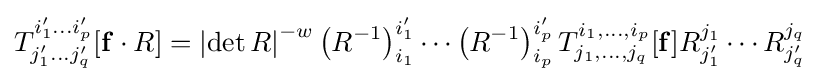
T_{j'_{1}\dots j'_{q}}^{i'_{1}\dots i'_{p}}[\mathbf {f} \cdot R]=\left|\det R\right|^{-w}\left(R^{-1}\right)_{i_{1}}^{i'_{1}}\cdots \left(R^{-1}\right)_{i_{p}}^{i'_{p}}T_{j_{1},\ldots ,j_{q}}^{i_{1},\ldots ,i_{p}}[\mathbf {f} ]R_{j'_{1}}^{j_{1}}\cdots R_{j'_{q}}^{j_{q}}